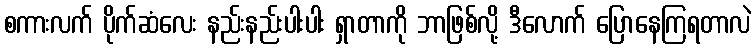
စကားလက် ပိုက်ဆံလေး နည်းနည်းပါးပါး ရှာတာကို ဘာဖြစ်လို့ ဒီလောက် ပြောနေကြရတာလဲ